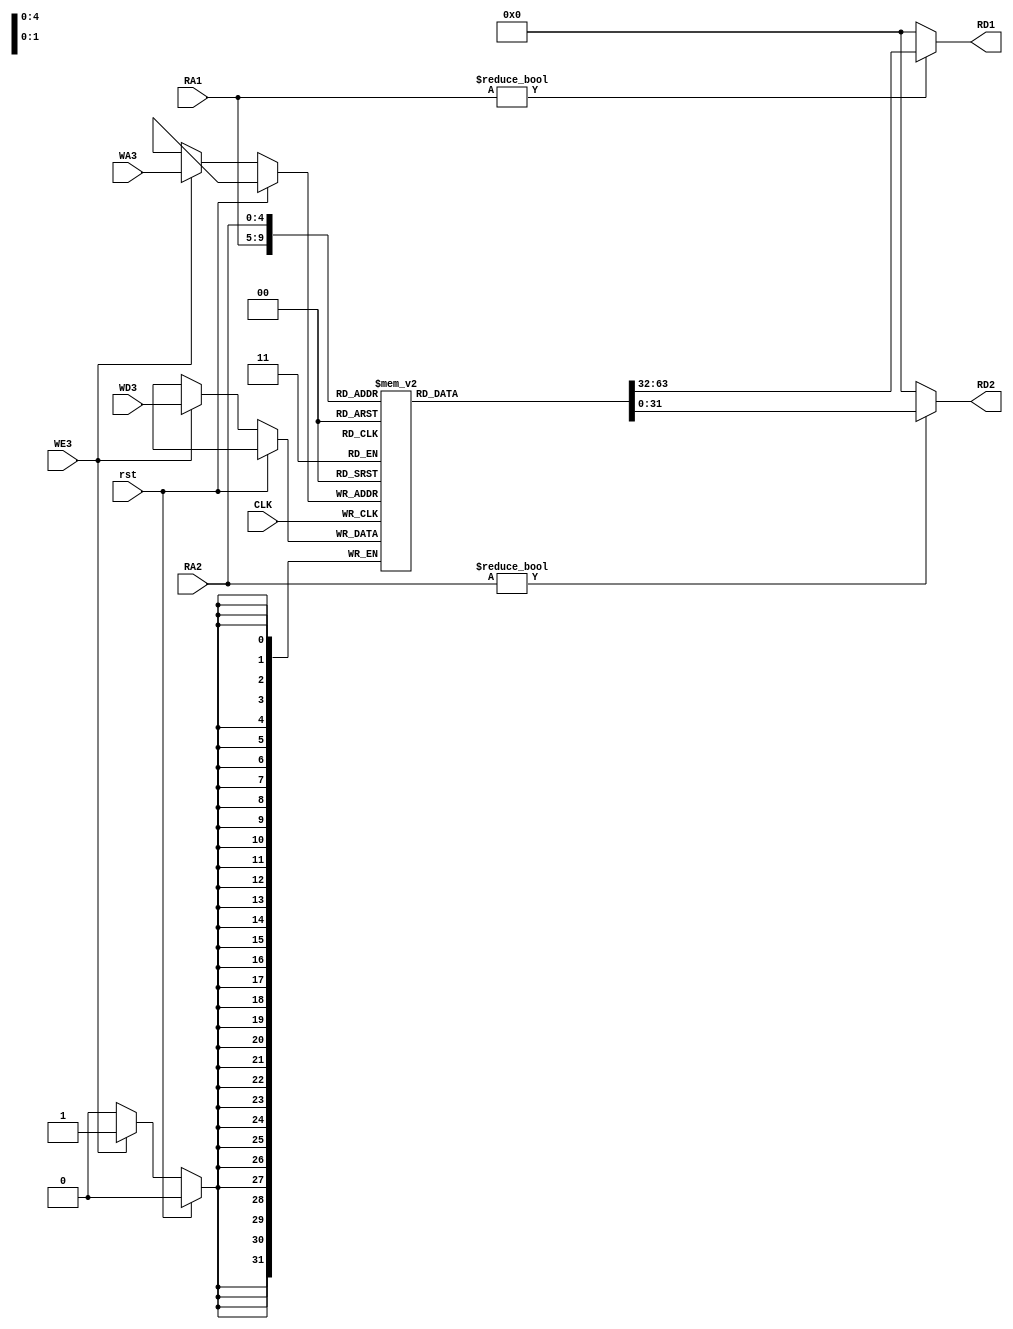
`define DATA_WIDTH 32

module RegFile 
    #(parameter ADDR_SIZE =5)
    (input CLK,WE3,rst,
    input [ADDR_SIZE-1:0]RA1,RA2,WA3,
    input [`DATA_WIDTH-1:0]WD3,
    output [`DATA_WIDTH-1:0]RD1,RD2);
    
    
    reg [`DATA_WIDTH-1:0]rf[2 ** ADDR_SIZE-1:0];
    integer i;

    always@(posedge CLK)begin
        // if(WE3)rf[WA3]<=WD3;
        if(rst)begin
            // project_path 
            // $readmemb("project_path/SimpleMIPSCPU/V_0.0.0/scripts/reg.bin",rf);
        end
        else if(WE3)begin
            rf[WA3]<=WD3;       
        end
    end
 
    assign RD1=(RA1!=0)?rf[RA1]:0;
    assign RD2=(RA2!=0)?rf[RA2]:0;
endmodule